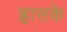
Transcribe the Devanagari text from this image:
ह्रासके